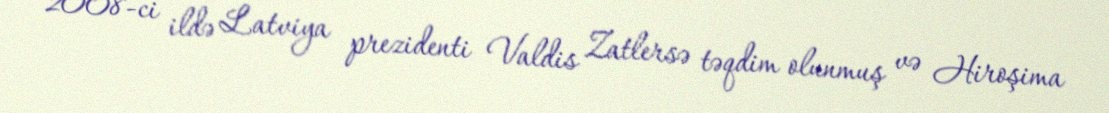
2008-ci ildə Latviya prezidenti Valdis Zatlersə təqdim olunmuş və Hiroşima